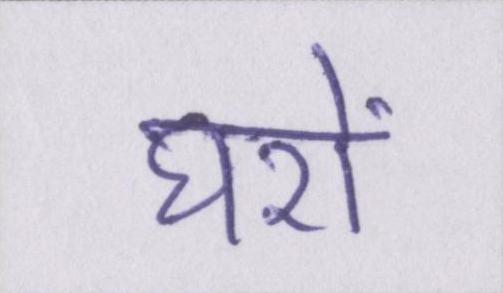
घरों